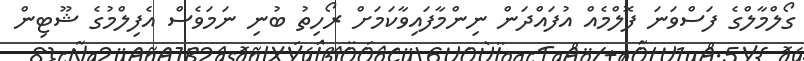
ގޯލްމާލްގެ ފަސްވަނަ ފޮލްމެއް އުފައްދަން ނިންމާފައިވާކަމަށް ރޯހިތު ބުނި ނަމަވެސް އެފިލްމުގެ ޝޫޓިން